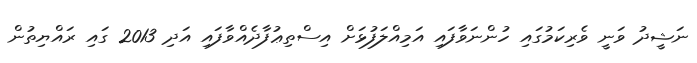
ނަޝީދު ވަނީ ވެރިކަމުގައި ހުންނަވާފައި އަމިއްލަފުޅަށް އިސްތިޢުފާދެއްވާފައި އަދި 2013 ގައި ރައްޔިތުން